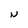
Character: N